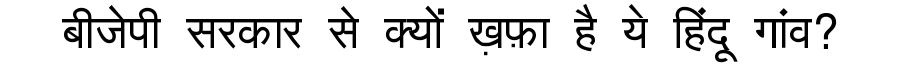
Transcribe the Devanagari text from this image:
बीजेपी सरकार से क्यों ख़फ़ा है ये हिंदू गांव?